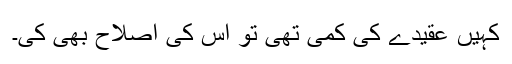
کہیں عقیدے کی کمی تھی تو اُس کی اصلاح بھی کی۔